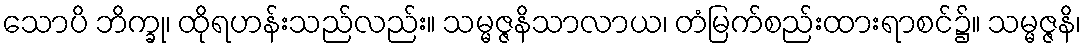
သောပိ ဘိက္ခု၊ ထိုရဟန်းသည်လည်း။ သမ္မဇ္ဇနိသာလာယ၊ တံမြက်စည်းထားရာစင်၌။ သမ္မဇ္ဇနိ၊